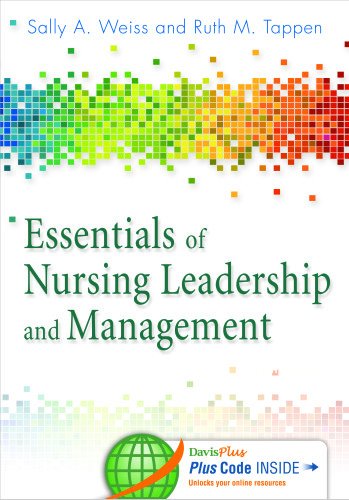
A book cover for Essentials of Nursing Leadership & Management (Whitehead, Essentials of Nursing Leadership and Management); Sally A. Weiss EdD  RN; Medical Books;